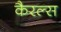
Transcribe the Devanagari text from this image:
कैरल्स